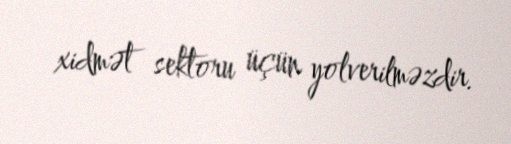
xidmət sektoru üçün yolverilməzdir.